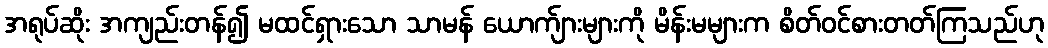
အရုပ်ဆိုး အကျည်းတန်၍ မထင်ရှားသော သာမန် ယောက်ျားများကို မိန်းမများက စိတ်ဝင်စားတတ်ကြသည်ဟု